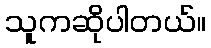
သူကဆိုပါတယ်။